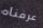
عرفناه